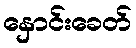
နှောင်းခေတ်